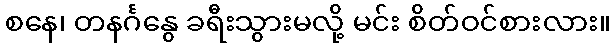
စနေ၊ တနင်္ဂနွေ ခရီးသွားမလို့ မင်း စိတ်ဝင်စားလား။